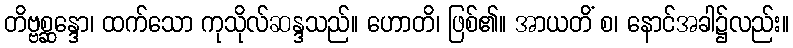
တိဗ္ဗစ္ဆန္ဒော၊ ထက်သော ကုသိုလ်ဆန္ဒသည်။ ဟောတိ၊ ဖြစ်၏။ အာယတိံ စ၊ နောင်အခါ၌လည်း။